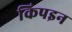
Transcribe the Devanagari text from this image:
किपइन